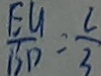
\frac { E U } { B D } = \frac { 2 } { 3 }